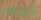
أعتقد